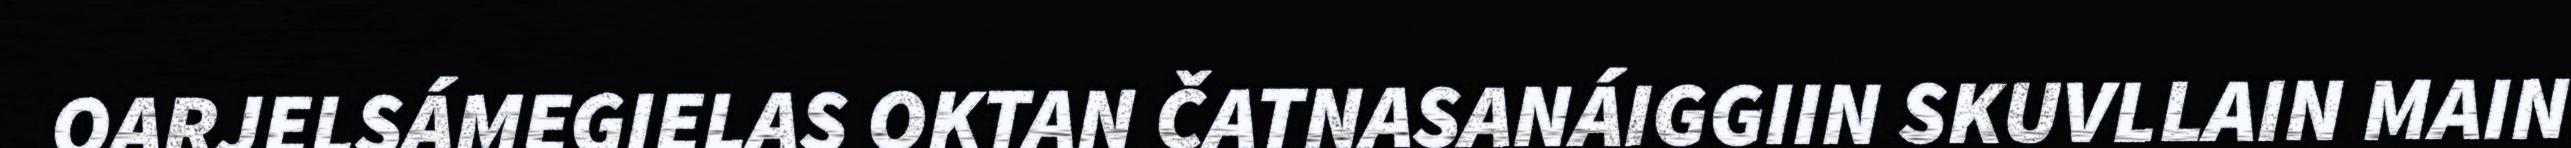
OARJELSÁMEGIELAS OKTAN ČATNASANÁIGGIIN SKUVLLAIN MAIN